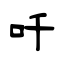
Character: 吀